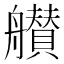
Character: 𦪸